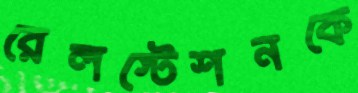
রেলস্টেশনকে